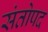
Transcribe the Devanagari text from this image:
संतोपद